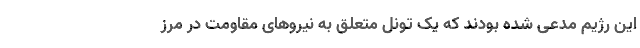
این رژیم مدعی شده‌ بودند که یک تونل متعلق به نیروهای مقاومت در مرز